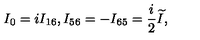
I _ { 0 } = i I _ { 1 6 } , I _ { 5 6 } = - I _ { 6 5 } = \frac i 2 \widetilde { I } ,